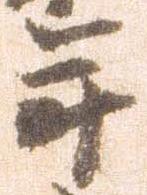
年